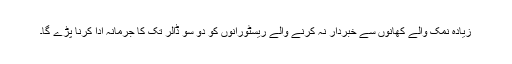
زیادہ نمک والے کھانوں سے خبردار نہ کرنے والے ریسٹورانوں کو دو سو ڈالر تک کا جرمانہ ادا کرنا پڑے گا۔